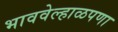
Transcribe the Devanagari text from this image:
भाववेल्हाळपणा